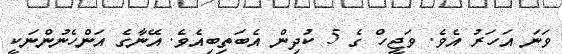
ވަނަ އަހަރު އެވެ. ވަޖީހް ގެ 5 ކުދިން އެބަތިބިއެވެ. އޭނާގެ އަންހެނުންނަކީ